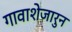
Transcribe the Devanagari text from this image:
गावाशेजारुन